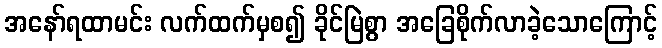
အနော်ရထာမင်း လက်ထက်မှစ၍ ခိုင်မြဲစွာ အခြေစိုက်လာခဲ့သောကြောင့်